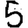
Digit: 5